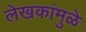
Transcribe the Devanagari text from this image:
लेखकांमुळे